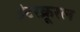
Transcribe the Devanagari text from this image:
इंटरक्रूरल